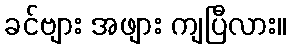
ခင်ဗျား အဖျား ကျပြီလား။